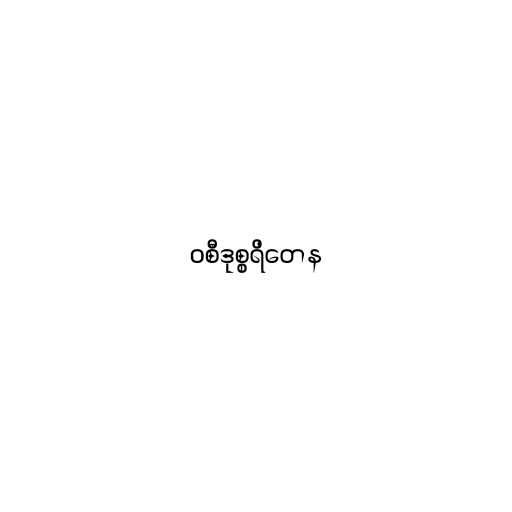
ဝစီဒုစ္စရိတေန